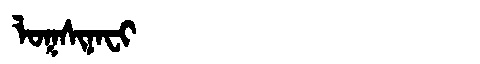
Manchu: ᠯᠣᡴᠰᡳᠨᠠᠸᡳ
Romanization: LOKSINAFI